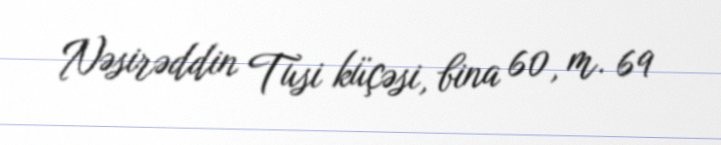
Nəsirəddin Tusi küçəsi, bina 60, m. 69